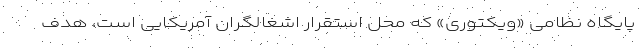
پایگاه نظامی «ویکتوری» که محل استقرار اشغالگران آمریکایی است، هدف